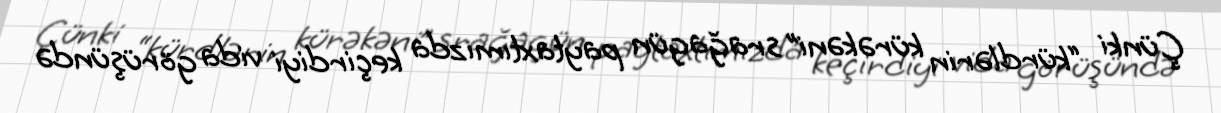
Çünki “kürdlərin kürəkəni” srağagün paytaxtımızda keçirdiyi vida görüşündə